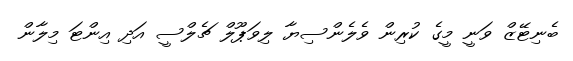
ބެނިޓޭޒް ވަނީ މީގެ ކުރިން ވެލެންސިޔާ ލިވަޕޫލް ޗެލްސީ އަދި އިންޓަ މިލާން